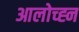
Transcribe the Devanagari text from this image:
आलोच्ह्न